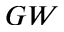
G W